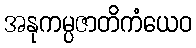
အနုကမ္ပဇာတိကံယေဝ